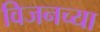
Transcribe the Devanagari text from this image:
विजनच्या